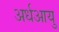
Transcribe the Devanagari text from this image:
अर्धआयु